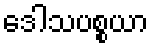
ဒေါသပစ္စယာ